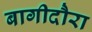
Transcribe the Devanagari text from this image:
बागीदौरा